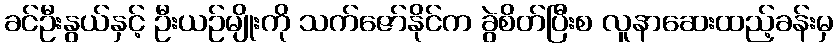
ခင်ဦးနွယ်နှင့် ဦးယဉ်မျိုးကို သက်ဇော်နိုင်က ခွဲစိတ်ပြီးစ လူနာဆေးထည့်ခန်းမှ